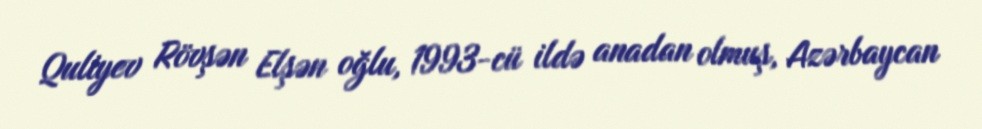
Quliyev Rövşən Elşən oğlu, 1993-cü ildə anadan olmuş, Azərbaycan